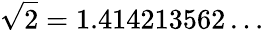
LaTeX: {\sqrt{2}}=1.414213562\ldots